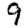
Digit: 9